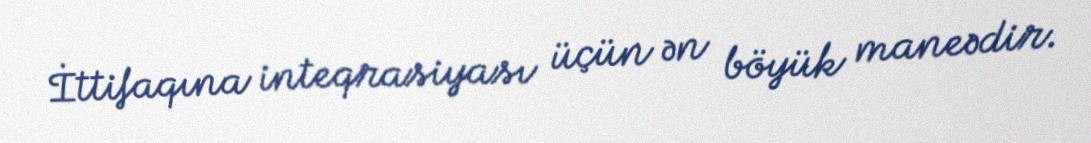
İttifaqına inteqrasiyası üçün ən böyük maneədir.